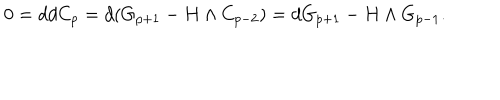
LaTeX: 0 = d d C _ { p } = d ( G _ { p + 1 } - H \wedge C _ { p - 2 } ) = d G _ { p + 1 } - H \wedge G _ { p - 1 } .